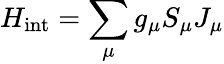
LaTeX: H_{\mathrm{int}}=\sum_{\mu}g_{\mu}S_{\mu}J_{\mu}